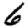
Digit: 6